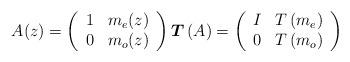
LaTeX: \begin{align*}A(z)=\left( \begin{array}{cc}1 & m_{e}(z) \\ 0 & m_{o}(z)\end{array}\right) \boldsymbol{T}\left( A\right) =\left( \begin{array}{cc}I & T\left( m_{e}\right) \\ 0 & T\left( m_{o}\right)\end{array}\right) \end{align*}